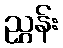
ညွှန်း